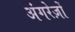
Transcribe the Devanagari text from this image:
अंगरेज़ों